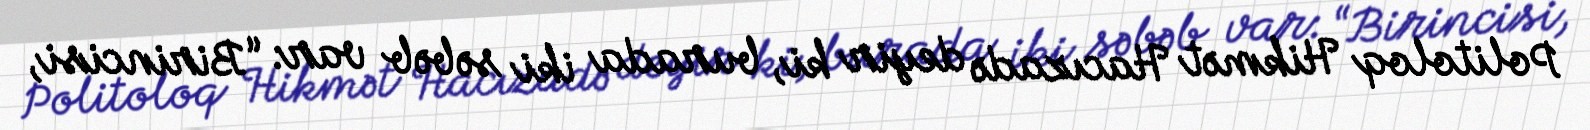
Politoloq Hikmət Hacızadə deyir ki, burada iki səbəb var: “Birincisi,